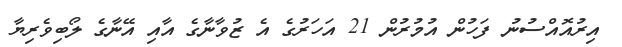
އިރުއޮއްސުނު ފަހުން އުމުރުން 21 އަހަރުގެ އެ ޒުވާނާގެ އާއި އޭނާގެ ލޯބިވެރިޔާ